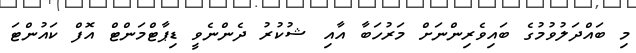
މި ބައްދަލުވުމުގެ ބައިވެރިންނަށް މަރުހަބާ އާއި ޝުކުރު ދެންނެވީ ޑިޕާޓްމަންޓް އޮފް ކައުންޓަ